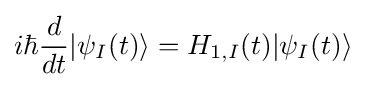
i\hbar {\frac {d}{dt}}|\psi _{I}(t)\rangle =H_{1,I}(t)|\psi _{I}(t)\rangle